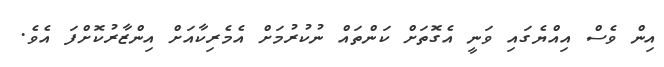
އިން ވެސް އިއްޔެގައި ވަނީ އެގޮތަށް ކަންތައް ނުކުރުމަށް އެމެރިކާއަށް އިންޒާރުކޮށްފަ އެވެ.